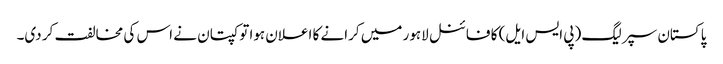
پاکستان سپر لیگ (پی ایس ایل) کا فائنل لاہور میں کرانے کا اعلان ہوا تو کپتان نے اس کی مخالفت کر دی۔